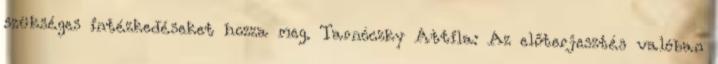
szükséges intézkedéseket hozza meg. Tarnóczky Attila: Az előterjesztés valóban